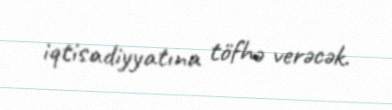
iqtisadiyyatına töfhə verəcək.